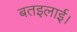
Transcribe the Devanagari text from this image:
बतइलाई।